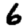
Digit: 6